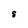
Character: S